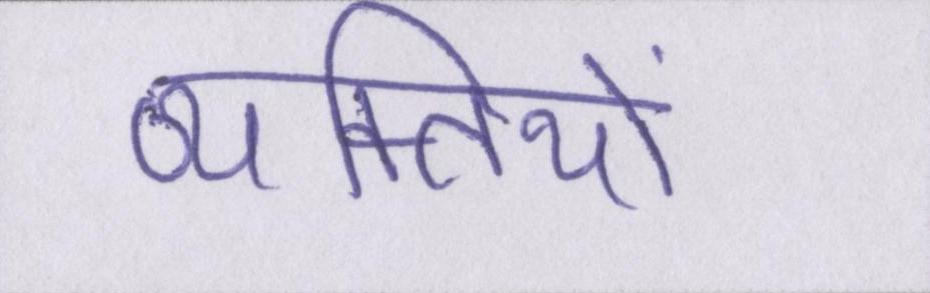
व्यक्तियों